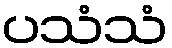
ပသံသံ